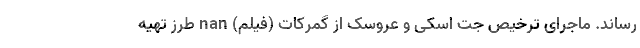
رساند. ماجرای ترخیص جت اسکی و عروسک از گمرکات (فیلم) nan طرز تهیه